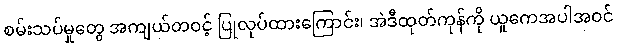
စမ်းသပ်မှုတွေ အကျယ်တဝင့် ပြုလုပ်ထားကြောင်း၊ အဲဒီထုတ်ကုန်ကို ယူကေအပါအဝင်